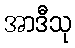
အာဒီသု